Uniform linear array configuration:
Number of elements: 64
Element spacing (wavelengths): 0.5
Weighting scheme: exponential
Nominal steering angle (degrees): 0
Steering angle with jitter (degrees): -1.203
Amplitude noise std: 0.05
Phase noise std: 0.05

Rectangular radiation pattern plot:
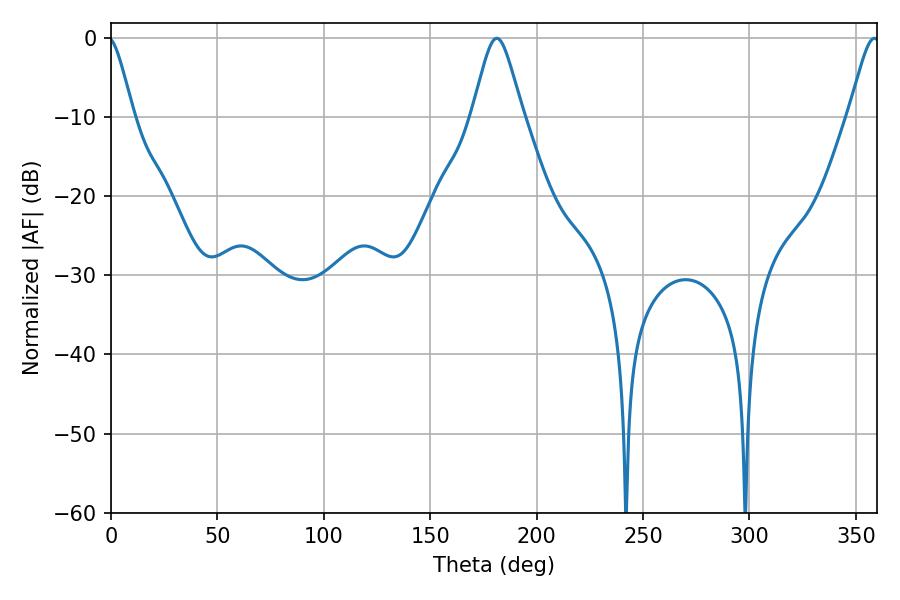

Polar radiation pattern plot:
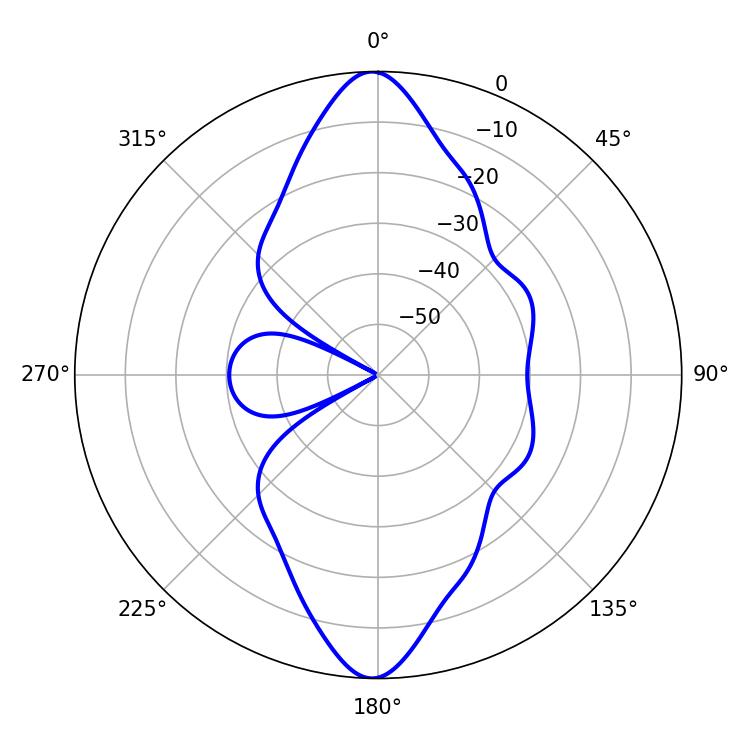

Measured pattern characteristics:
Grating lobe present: FALSE
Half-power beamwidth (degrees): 11.34
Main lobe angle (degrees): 181.26